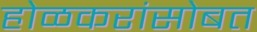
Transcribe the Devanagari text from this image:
होळकरांसोबत